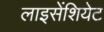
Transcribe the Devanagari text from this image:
लाइसेंशियेट